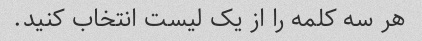
هر سه کلمه را از یک لیست انتخاب کنید.